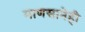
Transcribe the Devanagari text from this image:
माणसानेही